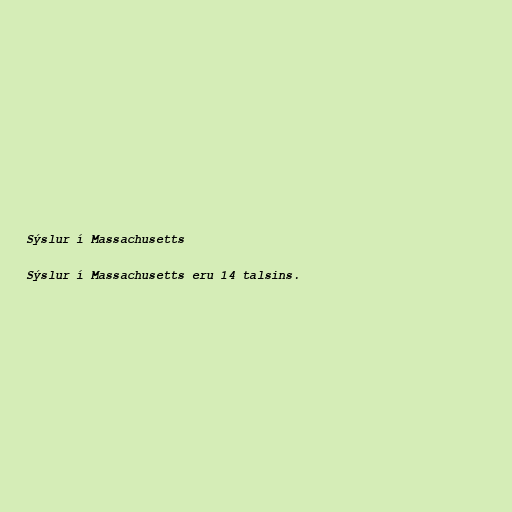
Sýslur í Massachusetts

Sýslur í Massachusetts eru 14 talsins.